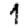
Digit: 1